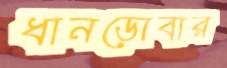
ধানডোবার